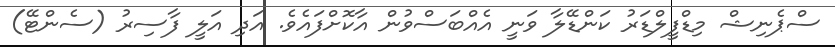
ސްޕެނިޝް މިޑްފީލްޑަރު ކަންޑޭލާ ވަނީ އެއްބަސްވުން އާކޮށްފައެވެ. އަދި އަލީ ފާސިރު (ސެންޓޭ)